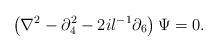
LaTeX: \begin{align*}\left( \nabla ^{2}-\partial _{4}^{2}-2il^{-1}\partial _{6}\right) \Psi =0.\end{align*}